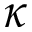
\kappa